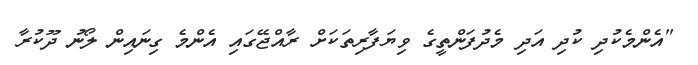
"އެންމެކުދި ކުދި އަދި މެދުފަންތީގެ ވިޔަފާރިތަކަށް ރާއްޖޭގައި އެންމެ ގިނައިން ލޯނު ދޫކުރާ